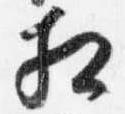
相